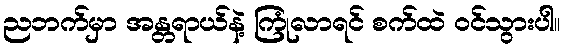
ညဘက်မှာ အန္တရာယ်နဲ့ ကြုံလာရင် စက်ထဲ ဝင်သွားပါ။